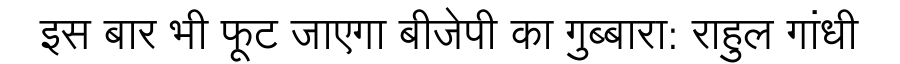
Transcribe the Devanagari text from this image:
इस बार भी फूट जाएगा बीजेपी का गुब्बारा: राहुल गांधी